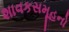
શાવકસમૂહનો